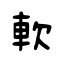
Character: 軟